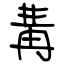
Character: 冓